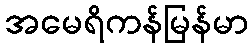
အမေရိကန်မြန်မာ